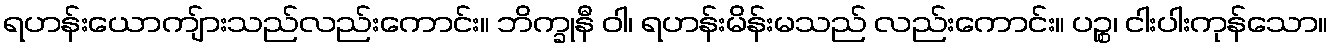
ရဟန်းယောကျ်ားသည်လည်းကောင်း။ ဘိက္ခုနီ ဝါ၊ ရဟန်းမိန်းမသည် လည်းကောင်း။ ပဉ္စ၊ ငါးပါးကုန်သော။